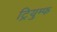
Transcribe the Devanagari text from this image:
ट्रियुम्फ